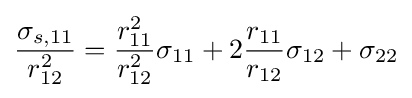
{\frac {\sigma _{s,11}}{r_{12}^{2}}}={\frac {r_{11}^{2}}{r_{12}^{2}}}\sigma _{11}+2{\frac {r_{11}}{r_{12}}}\sigma _{12}+\sigma _{22}